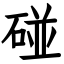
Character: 碰